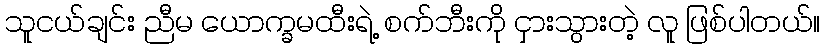
သူငယ်ချင်း ညီမ ယောက္ခမထီးရဲ့ စက်ဘီးကို ငှားသွားတဲ့ လူ ဖြစ်ပါတယ်။